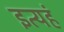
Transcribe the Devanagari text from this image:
इत्यहं